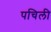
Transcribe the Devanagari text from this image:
पचिली